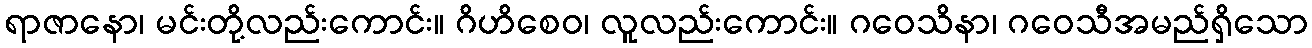
ရာဇာနော၊ မင်းတို့လည်းကောင်း။ ဂိဟိစေဝ၊ လူလည်းကောင်း။ ဂဝေသိနာ၊ ဂဝေသီအမည်ရှိသော